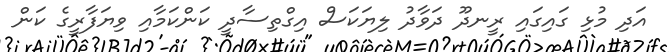
އަދި މުޅި ގައިގައި ރީނދޫ ދަވާދު ލިޔަކަސް އިގްތިސާދީ ކަންކަމާއި ވިޔަފާރީގެ ކަން